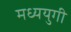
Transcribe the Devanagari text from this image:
मध्ययुगी